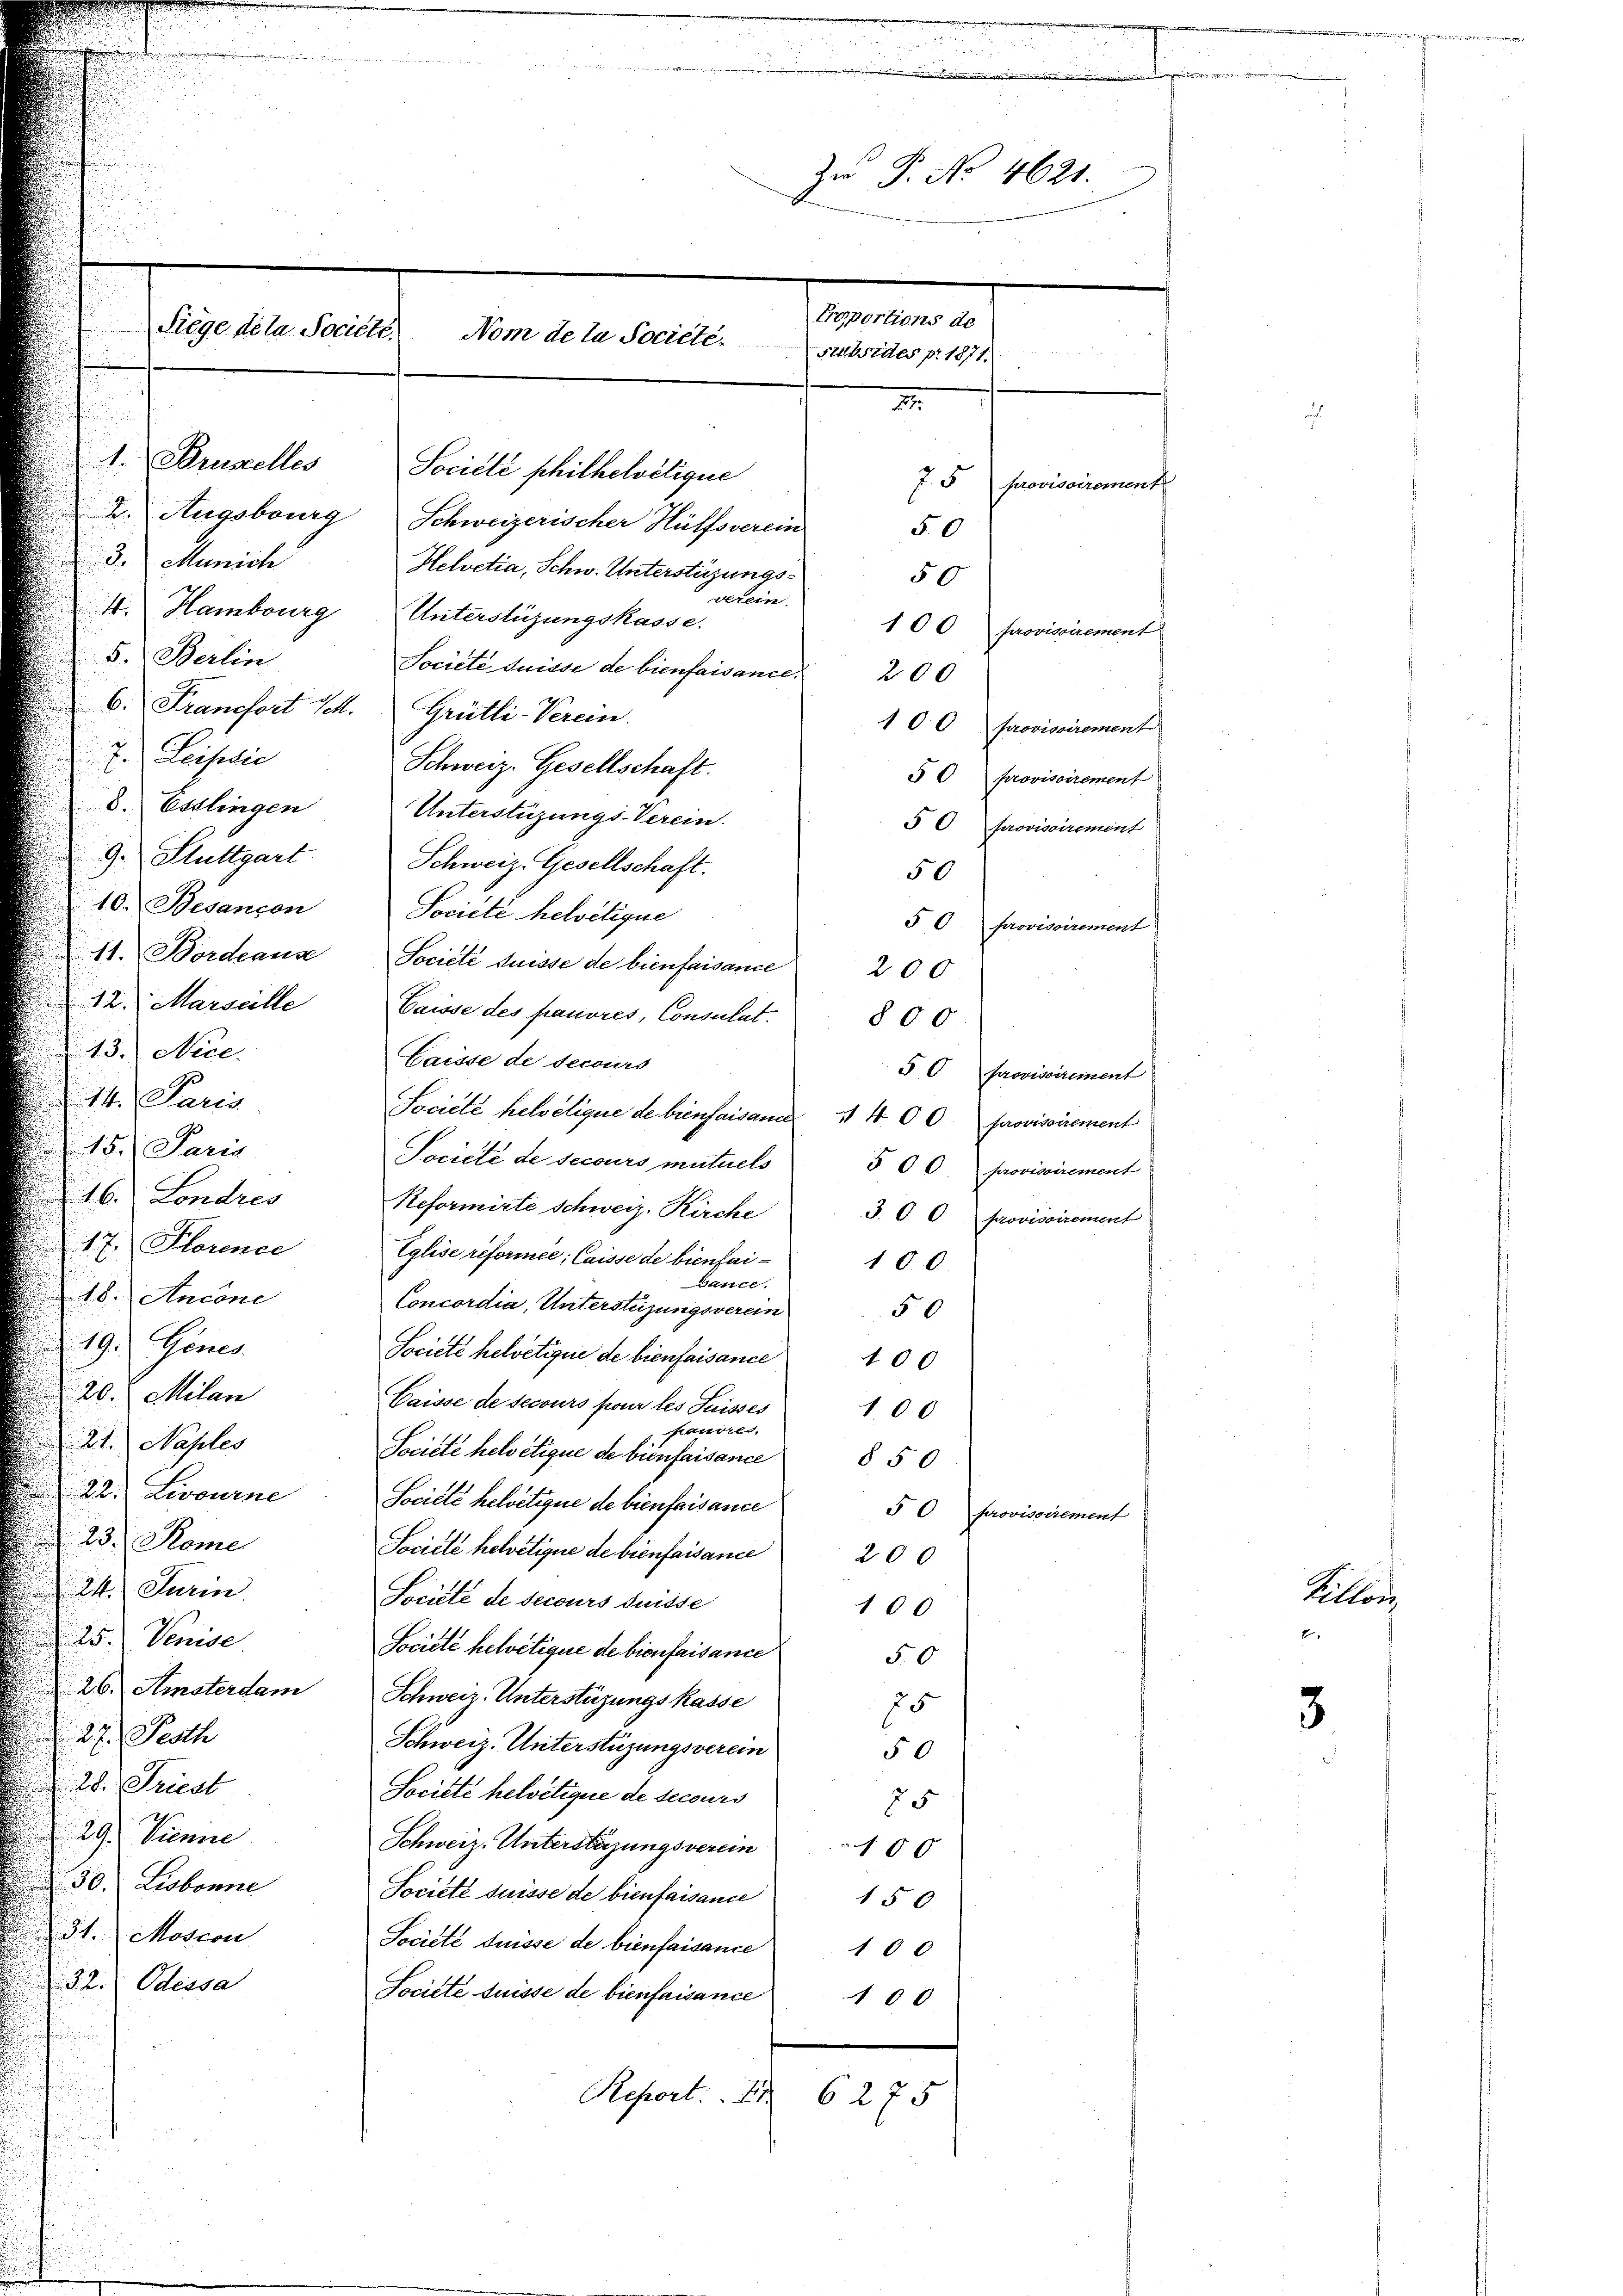
Siege de la Société.

Zr P. No 4621.
Proportions de
Nom de la Societe.

Substies p. 1871
I
Société philhelvetique
75 provisoirement
2. Augsburg Schweizerischer Hülfsverein
50
Helvetia, Schw. Unterstüzungs¬
50
verein
100 provisoirement

1. Parzelles
3. Munich
4. Hamburg Unterstüzungskasse.
5. Berlin
Société duisse de bienfaisance 200
6. Francfort Sch. Grütli-Verein.
100 provisoirement
7. Leisedie
Schweiz. Gesellschaft.
§ 0 provisoirement
8. Esslingen Unterstüzungs-Verein.
50 provisoirement
9. Stuttgart
Schweiz. Gesellschaft.
50
10. Besançon Societe helvetique
§ 6. provisoirement
11. Bordeause Société duisse de bienfaisance 200
12. Marsalle Gaisse des pauvres, Consulat. 800
43. Nice.
Laisse de securs
5 0 provisoirement
14. Paris
Société helvetique de biensaisane 4 400 provisoirement
15. Paris
Societe de secours mutuels 500 provisoirement
§. 16. Londres
Reformirte schweiz. Kirche
J. 00 provisoirement
17. Florence Eglise reformel; Caisse de biensai-
100
Gance.
28. Ancone
Concordia, Unterstüzungsverein
50
19.) Genes
Societe helvetigne de bienfaisance
100
20. Milan
Caisse de secours pour les Suisses
10.0
pauvres.
21. Naples
Société helvetique de bienfaisance 8 50
.
22. Livourne. Société helvetique de bienfaisance
50 provisoirement
23. Seme
Société helvetigne de bienfaisance 200
24. Jurin
Société de secours desse
100
25. Venise
Societe helvetique de bienfaisance
50
26. Amaterdam Schweiz. Unterstüzungskasse
75
27. Festh
Schweiz. Unterstüzungsverein
50
20. Friedl
Société helvetigere de secours
25
29. Dienne
Schweiz. Unterstüzungsverein 100
30 Liobonne
Societé duisse de bienfaisance 150
3t. Mosion
Société duisse de bienfaisance
100
22. Odessa
Société duisse de bienfaisance
00
Report: 1
6275

Altor
2

3